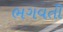
ભગવતી